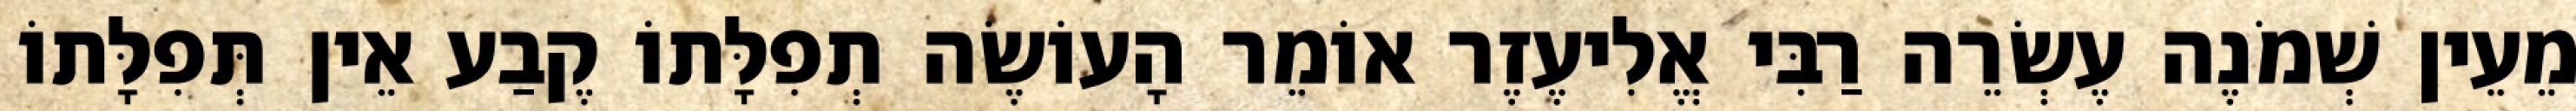
מֵעֵין שְׁמֹנֶה עֶשְׂרֵה רַבִּי אֱלִיעֶזֶר אוֹמֵר הָעוֹשֶׂה תְפִלָּתוֹ קֶבַע אֵין תְּפִלָּתוֹ